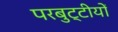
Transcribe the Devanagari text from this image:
परबुट्टीयों